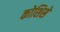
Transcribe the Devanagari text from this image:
कोशिसे